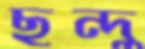
ছন্দু